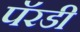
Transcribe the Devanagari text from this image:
पॅरडी